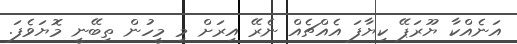
އަނެއްކާ ޔޫރަޕޭ ކިޔާފަ އެއްޗެއް ނެރޭ އިރަށް މި މީހުން ތިބޭނީ މޮޔަވެފަ.